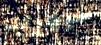
سيهرب